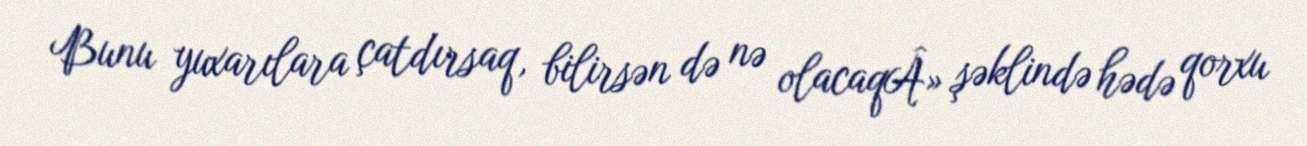
Bunu yuxarılara çatdırsaq, bilirsən də nə olacaqÂ» şəklində hədə qorxu